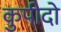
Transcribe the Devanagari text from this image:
कुपीदो